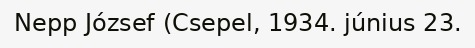
Nepp József (Csepel, 1934. június 23.